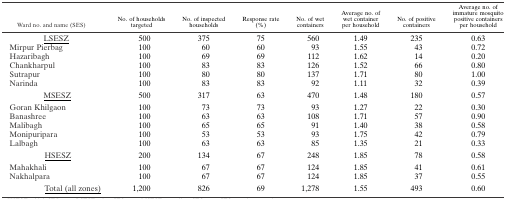
| Ward no. and name (SES) | No. of households targeted | No. of inspected households | Response rate (%) | No. of wet containers | Average no. of wet container per household | No. of positive containers | Average no. of immature mosquito positive containers per household |
 | --- | --- | --- | --- | --- | --- | --- | --- |
 | LSESZ | 500 | 375 | 75 | 560 | 1.49 | 235 | 0.63 |
 | Mirpur Pierbag | 100 | 60 | 60 | 93 | 1.55 | 43 | 0.72 |
 | Hazaribagh | 100 | 69 | 69 | 112 | 1.62 | 14 | 0.20 |
 | Chankharpul | 100 | 83 | 83 | 126 | 1.52 | 66 | 0.80 |
 | Sutrapur | 100 | 80 | 80 | 137 | 1.71 | 80 | 1.00 |
 | Narinda | 100 | 83 | 83 | 92 | 1.11 | 32 | 0.39 |
 | MSESZ | 500 | 317 | 63 | 470 | 1.48 | 180 | 0.57 |
 | Goran Khilgaon | 100 | 73 | 73 | 93 | 1.27 | 22 | 0.30 |
 | Banashree | 100 | 63 | 63 | 108 | 1.71 | 57 | 0.90 |
 | Malibagh | 100 | 65 | 65 | 91 | 1.40 | 38 | 0.58 |
 | Monipuripara | 100 | 53 | 53 | 93 | 1.75 | 42 | 0.79 |
 | Lalbagh | 100 | 63 | 63 | 85 | 1.35 | 21 | 0.33 |
 | HSESZ | 200 | 134 | 67 | 248 | 1.85 | 78 | 0.58 |
 | Mahakhali | 100 | 67 | 67 | 124 | 1.85 | 41 | 0.61 |
 | Nakhalpara | 100 | 67 | 67 | 124 | 1.85 | 37 | 0.55 |
 | Total (all zones) | 1,200 | 826 | 69 | 1,278 | 1.55 | 493 | 0.60 |